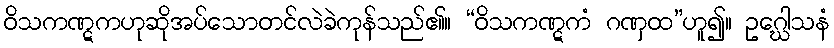
ဝိသကဏ္ဋကဟုဆိုအပ်သောတင်လဲခဲကုန်သည်၏။ “ဝိသကဏ္ဋကံ ဂဏှထ”ဟူ၍။ ဥဂ္ဃေါသနံ